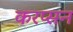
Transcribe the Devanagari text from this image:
करप्सन